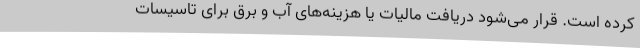
کرده است. قرار می‌شود دریافت مالیات یا هزینه‌های آب و برق برای تاسیسات